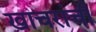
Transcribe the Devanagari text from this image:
खाचरांची